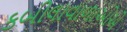
કબીલાવાળાઓએ